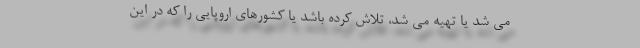
می شد یا تهیه می شد، تلاش کرده باشد یا کشورهای اروپایی را که در این